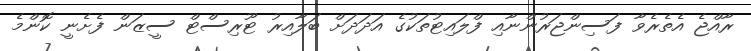
ރާއްޖެ އެތެރެވާ ފަސިންޖަރުންނާއި ފްލައިޓުތަކުގެ އަދަދަށް ބަލާއިރު ޓޫރިސްޓް ސީޒަން ފެށެނީ ކޮންމެ